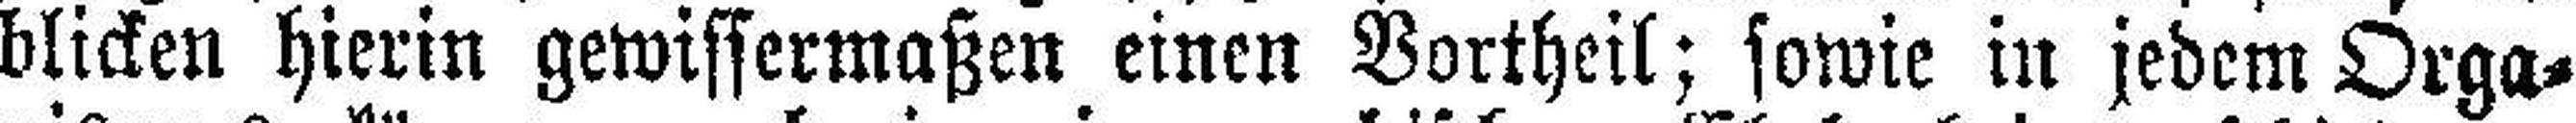
blicken hierin gewissermaßen einen Vortheil; sowie in jedem Orga¬